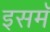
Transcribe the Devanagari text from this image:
इसमॅ